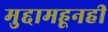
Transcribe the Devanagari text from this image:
मुद्दामहूनही